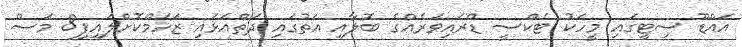
އައްޑޫ ސިޓީގައި މީހަކު ޓެކްސީ ޑްރައިވަރެއްގެ ބޮލާއި އަތުގައި ދަތްއަޅައި ޒަހަމްކޮށްލައިފި8 މަސް